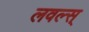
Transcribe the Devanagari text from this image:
लवल्स्